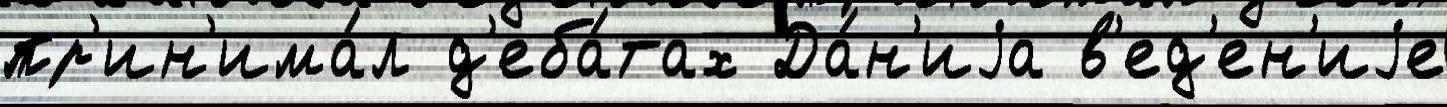
пр'ин'има́л д'еба́тах Да́н'иjа в'ед'ен'иjе